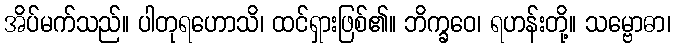
အိပ်မက်သည်။ ပါတုရဟောသိ၊ ထင်ရှားဖြစ်၏။ ဘိက္ခဝေ၊ ရဟန်းတို့။ သမ္ဗောဓာ၊